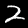
Label: 2